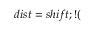
d i s t = s h i f t ; ! (